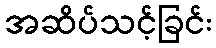
အဆိပ်သင့်ခြင်း